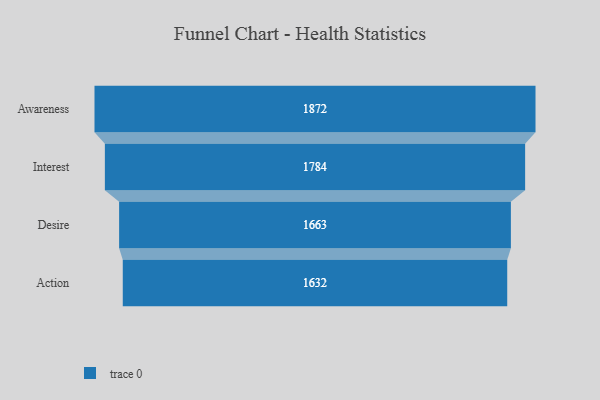
{"axis": {"x": "Stage", "y": "Value"}, "legend": [""], "data": [{"x": "Awareness", "y": 1872.0, "type": ""}, {"x": "Interest", "y": 1784.0, "type": ""}, {"x": "Desire", "y": 1663.0, "type": ""}, {"x": "Action", "y": 1632.0, "type": ""}]}